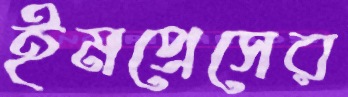
ইমপ্রেসের